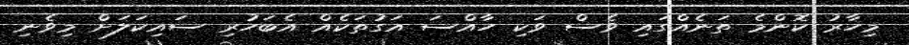
މިހާރު ކޮންމެ ތަނެއްގައި ވެސް ވަކި ހާއްސަ އަގުތަކެއް އެބަހުރި ސައިކަލަށް މިވެނި